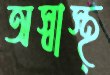
অস্বাস্থ্